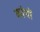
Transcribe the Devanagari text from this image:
कांचों